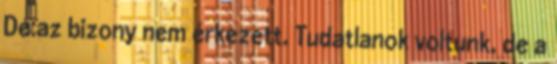
De az bizony nem érkezett. Tudatlanok voltunk, de a